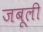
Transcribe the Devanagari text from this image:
जबूली